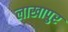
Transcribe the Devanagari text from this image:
लाखापुर